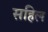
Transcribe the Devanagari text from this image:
सहिल